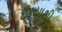
છાયાથી